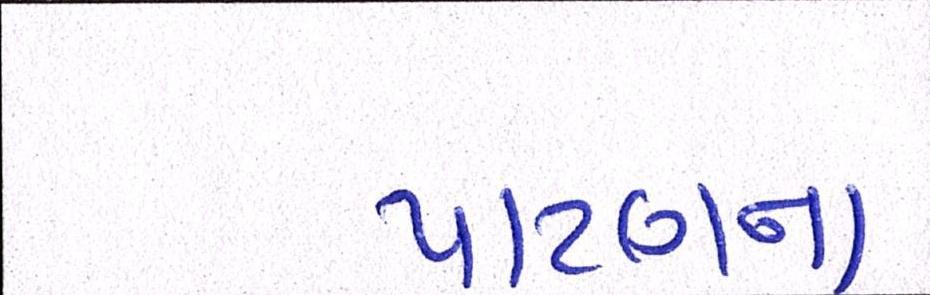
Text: પાટણના